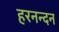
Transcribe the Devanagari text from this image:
हरनन्दन